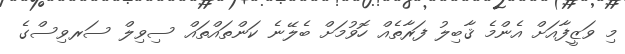
މި ވަޒީފާއަށް އެންމެ ޤާބިލު ފަރާތެއް ހޮވުމަށް ބެލޭނެ ކަންތައްތައް ސިވިލް ސަރވިސްގެ